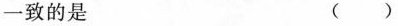
一致的是 ( )